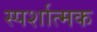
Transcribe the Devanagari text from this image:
स्पर्शात्मक